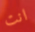
انت